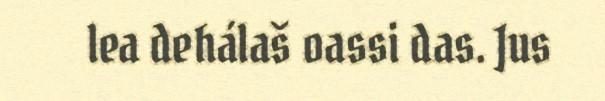
lea dehálaš oassi das. Jus